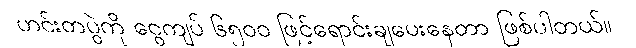
ဟင်းတပွဲကို ငွေကျပ် ၆၅၀၀ ဖြင့်ရောင်းချပေးနေတာ ဖြစ်ပါတယ်။